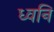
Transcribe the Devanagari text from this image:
ध्‍वनि